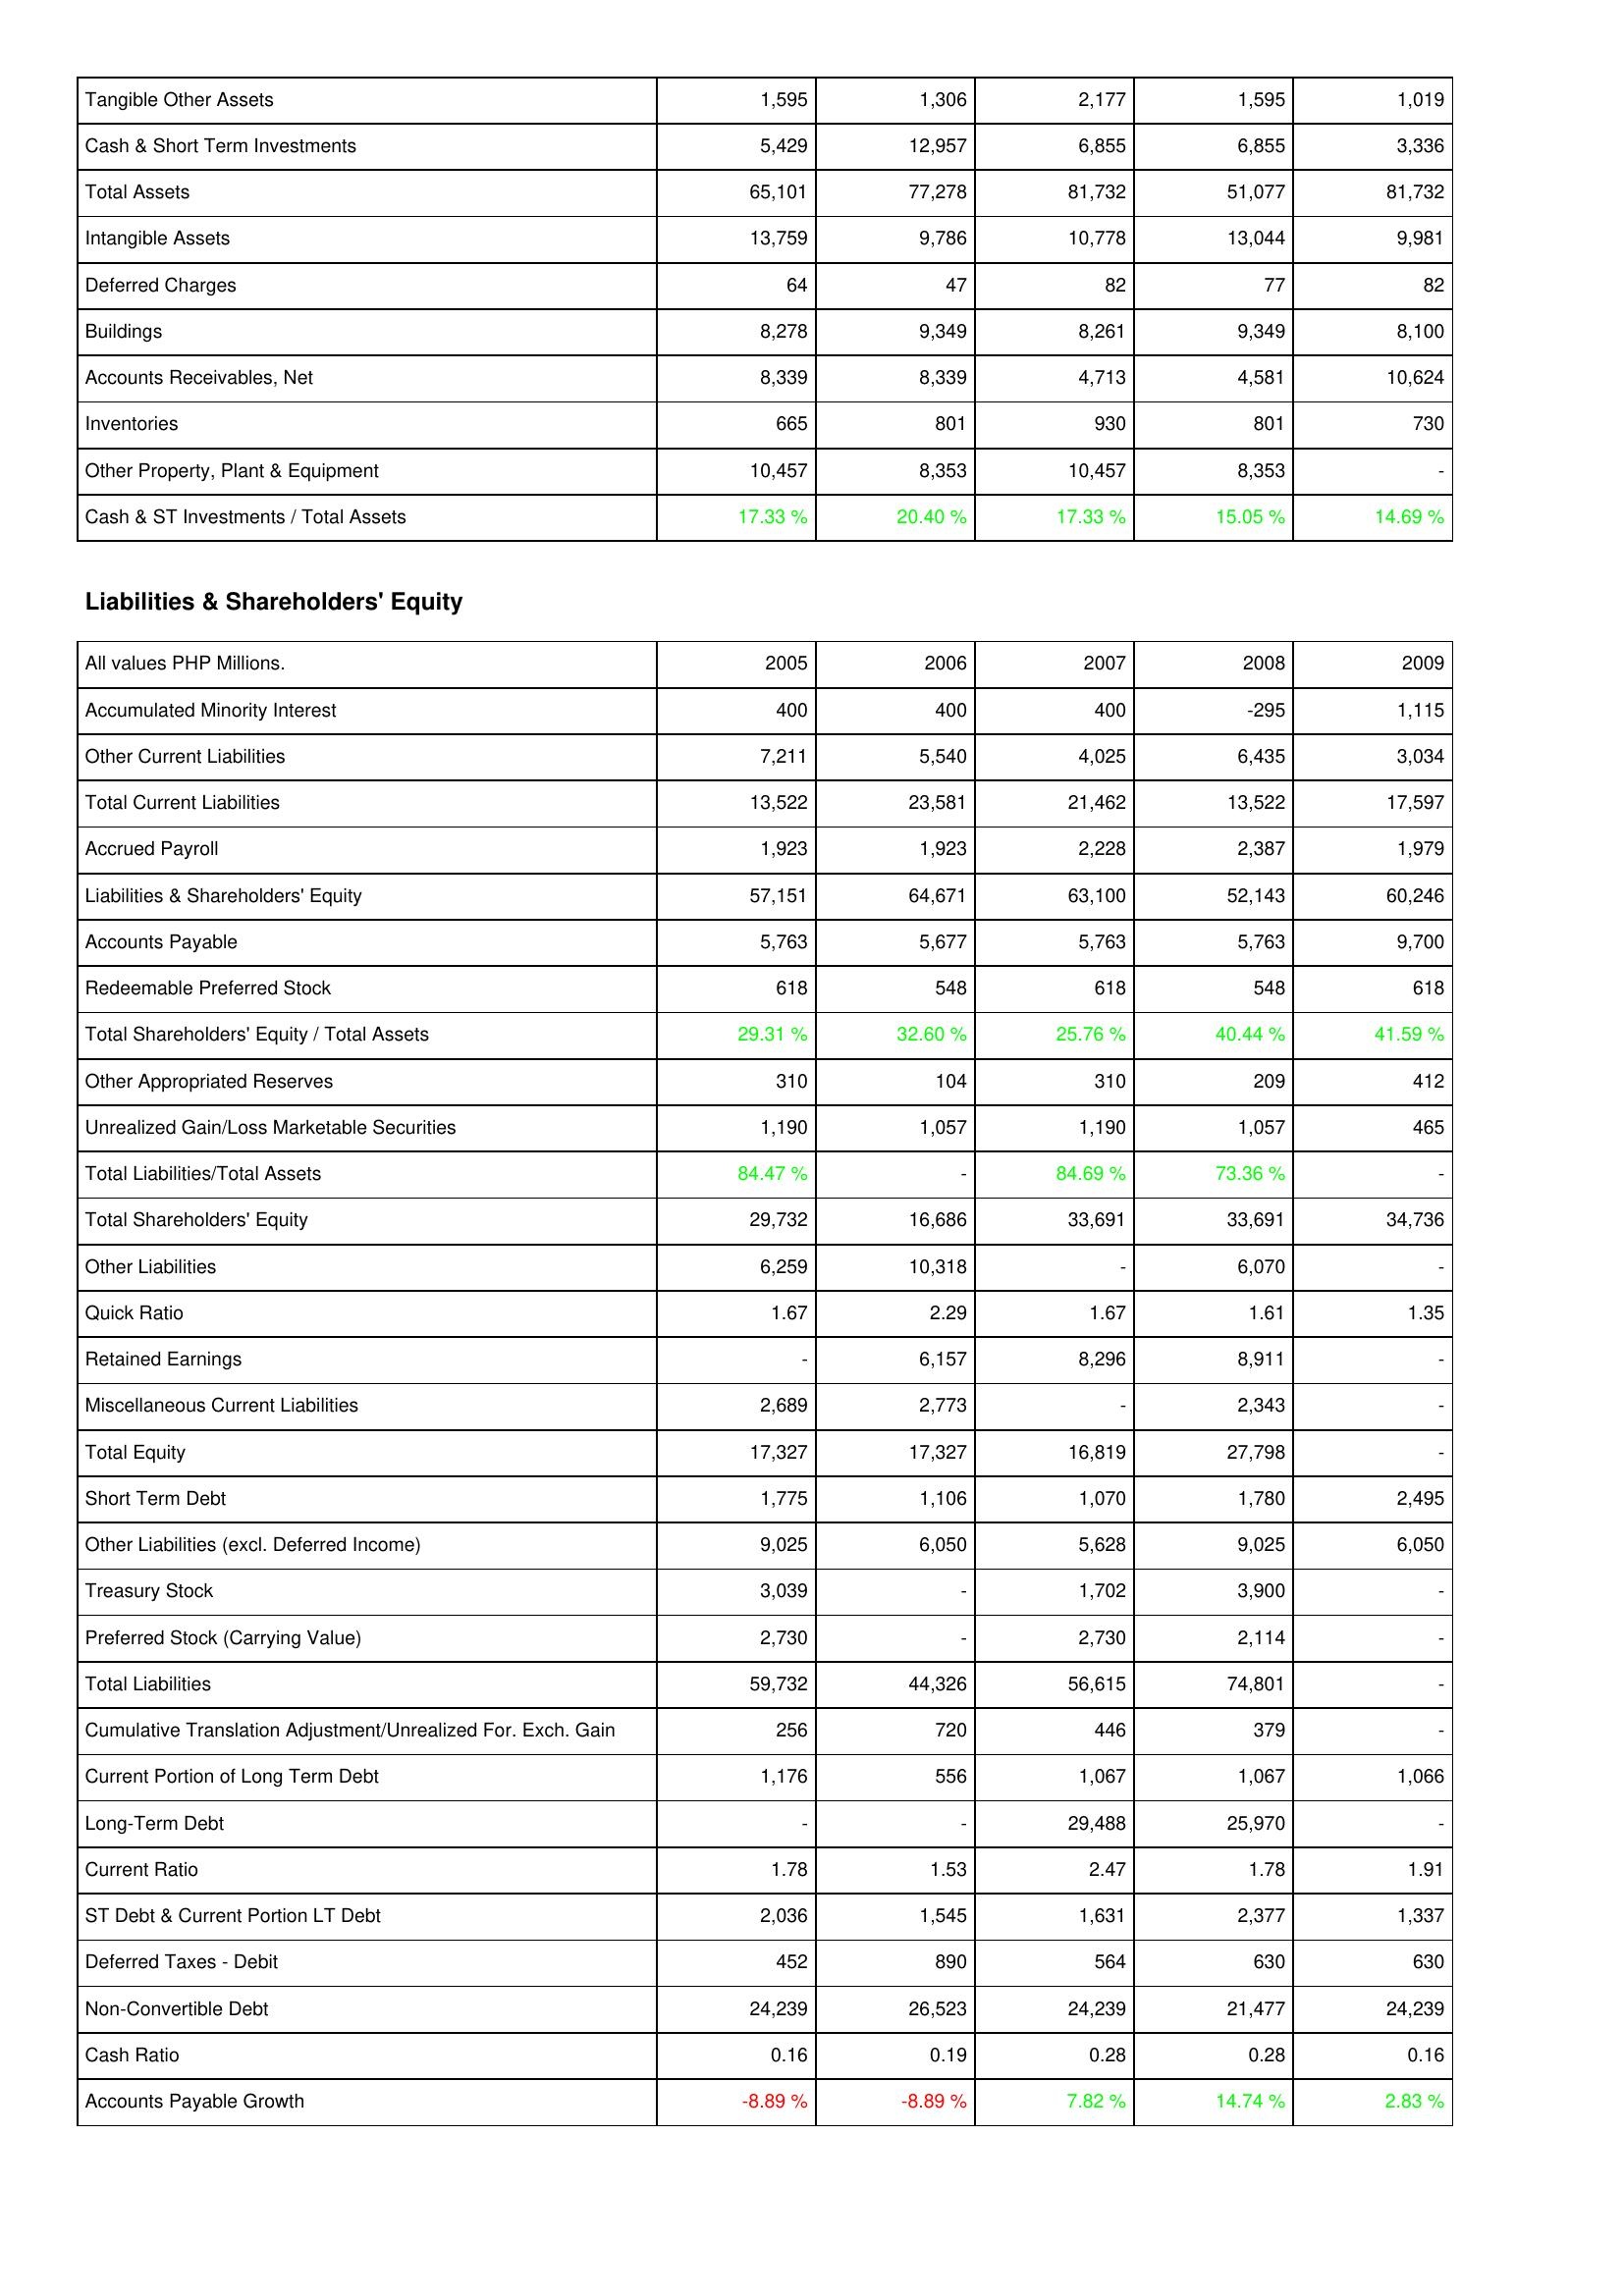
2005: Assets: Tangible Other Assets: 1,595
Cash & Short Term Investments: 5,429
Total Assets: 65,101
Intangible Assets: 13,759
Deferred Charges: 64
Buildings: 8,278
Accounts Receivables, Net: 8,339
Inventories: 665
Other Property, Plant & Equipment: 10,457
Cash & ST Investments / Total Assets: 17.33 %
Liabilities & Shareholders' Equity: Accumulated Minority Interest: 400
Other Current Liabilities: 7,211
Total Current Liabilities: 13,522
Accrued Payroll: 1,923
Liabilities & Shareholders' Equity: 57,151
Accounts Payable: 5,763
Redeemable Preferred Stock: 618
Total Shareholders' Equity / Total Assets: 29.31 %
Other Appropriated Reserves: 310
Unrealized Gain/Loss Marketable Securities: 1,190
Total Liabilities/Total Assets: 84.47 %
Total Shareholders' Equity: 29,732
Other Liabilities: 6,259
Quick Ratio: 1.67
Retained Earnings: -
Miscellaneous Current Liabilities: 2,689
Total Equity: 17,327
Short Term Debt: 1,775
Other Liabilities (excl. Deferred Income): 9,025
Treasury Stock: 3,039
Preferred Stock (Carrying Value): 2,730
Total Liabilities: 59,732
Cumulative Translation Adjustment/Unrealized For. Exch. Gain: 256
Current Portion of Long Term Debt: 1,176
Long-Term Debt: -
Current Ratio: 1.78
ST Debt & Current Portion LT Debt: 2,036
Deferred Taxes - Debit: 452
Non-Convertible Debt: 24,239
Cash Ratio: 0.16
Accounts Payable Growth: -8.89 %
2006: Assets: Tangible Other Assets: 1,306
Cash & Short Term Investments: 12,957
Total Assets: 77,278
Intangible Assets: 9,786
Deferred Charges: 47
Buildings: 9,349
Accounts Receivables, Net: 8,339
Inventories: 801
Other Property, Plant & Equipment: 8,353
Cash & ST Investments / Total Assets: 20.40 %
Liabilities & Shareholders' Equity: Accumulated Minority Interest: 400
Other Current Liabilities: 5,540
Total Current Liabilities: 23,581
Accrued Payroll: 1,923
Liabilities & Shareholders' Equity: 64,671
Accounts Payable: 5,677
Redeemable Preferred Stock: 548
Total Shareholders' Equity / Total Assets: 32.60 %
Other Appropriated Reserves: 104
Unrealized Gain/Loss Marketable Securities: 1,057
Total Liabilities/Total Assets: -
Total Shareholders' Equity: 16,686
Other Liabilities: 10,318
Quick Ratio: 2.29
Retained Earnings: 6,157
Miscellaneous Current Liabilities: 2,773
Total Equity: 17,327
Short Term Debt: 1,106
Other Liabilities (excl. Deferred Income): 6,050
Treasury Stock: -
Preferred Stock (Carrying Value): -
Total Liabilities: 44,326
Cumulative Translation Adjustment/Unrealized For. Exch. Gain: 720
Current Portion of Long Term Debt: 556
Long-Term Debt: -
Current Ratio: 1.53
ST Debt & Current Portion LT Debt: 1,545
Deferred Taxes - Debit: 890
Non-Convertible Debt: 26,523
Cash Ratio: 0.19
Accounts Payable Growth: -8.89 %
2007: Assets: Tangible Other Assets: 2,177
Cash & Short Term Investments: 6,855
Total Assets: 81,732
Intangible Assets: 10,778
Deferred Charges: 82
Buildings: 8,261
Accounts Receivables, Net: 4,713
Inventories: 930
Other Property, Plant & Equipment: 10,457
Cash & ST Investments / Total Assets: 17.33 %
Liabilities & Shareholders' Equity: Accumulated Minority Interest: 400
Other Current Liabilities: 4,025
Total Current Liabilities: 21,462
Accrued Payroll: 2,228
Liabilities & Shareholders' Equity: 63,100
Accounts Payable: 5,763
Redeemable Preferred Stock: 618
Total Shareholders' Equity / Total Assets: 25.76 %
Other Appropriated Reserves: 310
Unrealized Gain/Loss Marketable Securities: 1,190
Total Liabilities/Total Assets: 84.69 %
Total Shareholders' Equity: 33,691
Other Liabilities: -
Quick Ratio: 1.67
Retained Earnings: 8,296
Miscellaneous Current Liabilities: -
Total Equity: 16,819
Short Term Debt: 1,070
Other Liabilities (excl. Deferred Income): 5,628
Treasury Stock: 1,702
Preferred Stock (Carrying Value): 2,730
Total Liabilities: 56,615
Cumulative Translation Adjustment/Unrealized For. Exch. Gain: 446
Current Portion of Long Term Debt: 1,067
Long-Term Debt: 29,488
Current Ratio: 2.47
ST Debt & Current Portion LT Debt: 1,631
Deferred Taxes - Debit: 564
Non-Convertible Debt: 24,239
Cash Ratio: 0.28
Accounts Payable Growth: 7.82 %
2008: Assets: Tangible Other Assets: 1,595
Cash & Short Term Investments: 6,855
Total Assets: 51,077
Intangible Assets: 13,044
Deferred Charges: 77
Buildings: 9,349
Accounts Receivables, Net: 4,581
Inventories: 801
Other Property, Plant & Equipment: 8,353
Cash & ST Investments / Total Assets: 15.05 %
Liabilities & Shareholders' Equity: Accumulated Minority Interest: -295
Other Current Liabilities: 6,435
Total Current Liabilities: 13,522
Accrued Payroll: 2,387
Liabilities & Shareholders' Equity: 52,143
Accounts Payable: 5,763
Redeemable Preferred Stock: 548
Total Shareholders' Equity / Total Assets: 40.44 %
Other Appropriated Reserves: 209
Unrealized Gain/Loss Marketable Securities: 1,057
Total Liabilities/Total Assets: 73.36 %
Total Shareholders' Equity: 33,691
Other Liabilities: 6,070
Quick Ratio: 1.61
Retained Earnings: 8,911
Miscellaneous Current Liabilities: 2,343
Total Equity: 27,798
Short Term Debt: 1,780
Other Liabilities (excl. Deferred Income): 9,025
Treasury Stock: 3,900
Preferred Stock (Carrying Value): 2,114
Total Liabilities: 74,801
Cumulative Translation Adjustment/Unrealized For. Exch. Gain: 379
Current Portion of Long Term Debt: 1,067
Long-Term Debt: 25,970
Current Ratio: 1.78
ST Debt & Current Portion LT Debt: 2,377
Deferred Taxes - Debit: 630
Non-Convertible Debt: 21,477
Cash Ratio: 0.28
Accounts Payable Growth: 14.74 %
2009: Assets: Tangible Other Assets: 1,019
Cash & Short Term Investments: 3,336
Total Assets: 81,732
Intangible Assets: 9,981
Deferred Charges: 82
Buildings: 8,100
Accounts Receivables, Net: 10,624
Inventories: 730
Other Property, Plant & Equipment: -
Cash & ST Investments / Total Assets: 14.69 %
Liabilities & Shareholders' Equity: Accumulated Minority Interest: 1,115
Other Current Liabilities: 3,034
Total Current Liabilities: 17,597
Accrued Payroll: 1,979
Liabilities & Shareholders' Equity: 60,246
Accounts Payable: 9,700
Redeemable Preferred Stock: 618
Total Shareholders' Equity / Total Assets: 41.59 %
Other Appropriated Reserves: 412
Unrealized Gain/Loss Marketable Securities: 465
Total Liabilities/Total Assets: -
Total Shareholders' Equity: 34,736
Other Liabilities: -
Quick Ratio: 1.35
Retained Earnings: -
Miscellaneous Current Liabilities: -
Total Equity: -
Short Term Debt: 2,495
Other Liabilities (excl. Deferred Income): 6,050
Treasury Stock: -
Preferred Stock (Carrying Value): -
Total Liabilities: -
Cumulative Translation Adjustment/Unrealized For. Exch. Gain: -
Current Portion of Long Term Debt: 1,066
Long-Term Debt: -
Current Ratio: 1.91
ST Debt & Current Portion LT Debt: 1,337
Deferred Taxes - Debit: 630
Non-Convertible Debt: 24,239
Cash Ratio: 0.16
Accounts Payable Growth: 2.83 %